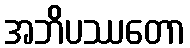
အဘိပဿတော